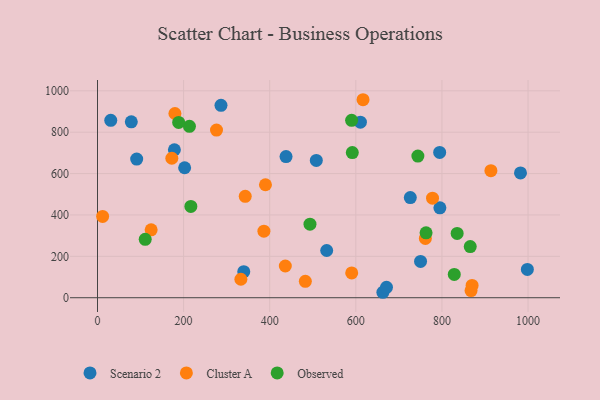
{"axis": {"x": "Distance", "y": "Demand"}, "legend": ["Cluster A", "Observed", "Scenario 2"], "data": [{"x": "794.7", "y": 702.5, "type": "Scenario 2"}, {"x": "437.9", "y": 682.2, "type": "Scenario 2"}, {"x": "202.4", "y": 628.1, "type": "Scenario 2"}, {"x": "662.8", "y": 26.3, "type": "Scenario 2"}, {"x": "508.2", "y": 663.7, "type": "Scenario 2"}, {"x": "671.2", "y": 50.2, "type": "Scenario 2"}, {"x": "610.6", "y": 848.4, "type": "Scenario 2"}, {"x": "178.6", "y": 715.1, "type": "Scenario 2"}, {"x": "30.8", "y": 857.6, "type": "Scenario 2"}, {"x": "795.2", "y": 434.3, "type": "Scenario 2"}, {"x": "78.5", "y": 850.4, "type": "Scenario 2"}, {"x": "91.0", "y": 670.1, "type": "Scenario 2"}, {"x": "982.4", "y": 603.4, "type": "Scenario 2"}, {"x": "286.8", "y": 930.0, "type": "Scenario 2"}, {"x": "726.5", "y": 484.0, "type": "Scenario 2"}, {"x": "532.3", "y": 228.2, "type": "Scenario 2"}, {"x": "339.7", "y": 126.1, "type": "Scenario 2"}, {"x": "998.4", "y": 136.8, "type": "Scenario 2"}, {"x": "750.3", "y": 175.2, "type": "Scenario 2"}, {"x": "778.1", "y": 480.9, "type": "Cluster A"}, {"x": "333.0", "y": 89.3, "type": "Cluster A"}, {"x": "870.0", "y": 59.6, "type": "Cluster A"}, {"x": "761.5", "y": 286.4, "type": "Cluster A"}, {"x": "172.6", "y": 674.1, "type": "Cluster A"}, {"x": "386.5", "y": 321.7, "type": "Cluster A"}, {"x": "867.6", "y": 34.3, "type": "Cluster A"}, {"x": "11.9", "y": 392.8, "type": "Cluster A"}, {"x": "482.7", "y": 79.3, "type": "Cluster A"}, {"x": "436.2", "y": 153.2, "type": "Cluster A"}, {"x": "343.1", "y": 489.9, "type": "Cluster A"}, {"x": "124.6", "y": 328.2, "type": "Cluster A"}, {"x": "276.4", "y": 810.2, "type": "Cluster A"}, {"x": "390.1", "y": 546.0, "type": "Cluster A"}, {"x": "179.8", "y": 890.3, "type": "Cluster A"}, {"x": "590.4", "y": 119.6, "type": "Cluster A"}, {"x": "913.7", "y": 614.1, "type": "Cluster A"}, {"x": "616.7", "y": 957.0, "type": "Cluster A"}, {"x": "763.1", "y": 313.5, "type": "Observed"}, {"x": "216.8", "y": 441.1, "type": "Observed"}, {"x": "865.7", "y": 247.0, "type": "Observed"}, {"x": "110.8", "y": 282.3, "type": "Observed"}, {"x": "591.8", "y": 701.4, "type": "Observed"}, {"x": "835.3", "y": 310.9, "type": "Observed"}, {"x": "213.5", "y": 828.6, "type": "Observed"}, {"x": "744.1", "y": 684.5, "type": "Observed"}, {"x": "188.5", "y": 847.5, "type": "Observed"}, {"x": "590.2", "y": 857.5, "type": "Observed"}, {"x": "493.5", "y": 355.4, "type": "Observed"}, {"x": "828.6", "y": 112.4, "type": "Observed"}]}